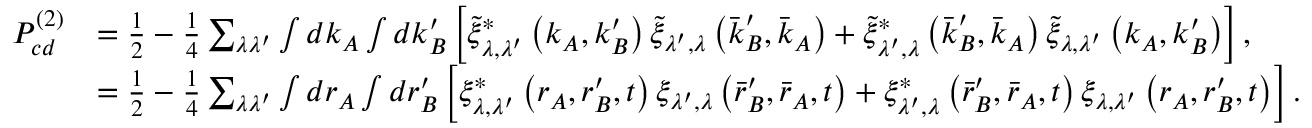
\begin{array} { r l } { P _ { c d } ^ { ( 2 ) } } & { = \frac { 1 } { 2 } - \frac { 1 } { 4 } \sum _ { \lambda \lambda ^ { \prime } } \int d \boldsymbol { k } _ { A } \int d \boldsymbol { k } _ { B } ^ { \prime } \left[ \tilde { \xi } _ { \lambda , \lambda ^ { \prime } } ^ { * } \left( \boldsymbol { k } _ { A } , \boldsymbol { k } _ { B } ^ { \prime } \right) \tilde { \xi } _ { \lambda ^ { \prime } , \lambda } \left( \boldsymbol { \bar { k } } _ { B } ^ { \prime } , \boldsymbol { \bar { k } } _ { A } \right) + \tilde { \xi } _ { \lambda ^ { \prime } , \lambda } ^ { * } \left( \boldsymbol { \bar { k } } _ { B } ^ { \prime } , \boldsymbol { \bar { k } } _ { A } \right) \tilde { \xi } _ { \lambda , \lambda ^ { \prime } } \left( \boldsymbol { k } _ { A } , \boldsymbol { k } _ { B } ^ { \prime } \right) \right] , } \\ & { = \frac { 1 } { 2 } - \frac { 1 } { 4 } \sum _ { \lambda \lambda ^ { \prime } } \int d \boldsymbol { r } _ { A } \int d \boldsymbol { r } _ { B } ^ { \prime } \left[ \xi _ { \lambda , \lambda ^ { \prime } } ^ { * } \left( \boldsymbol { r } _ { A } , \boldsymbol { r } _ { B } ^ { \prime } , t \right) \xi _ { \lambda ^ { \prime } , \lambda } \left( \boldsymbol { \bar { r } } _ { B } ^ { \prime } , \boldsymbol { \bar { r } } _ { A } , t \right) + \xi _ { \lambda ^ { \prime } , \lambda } ^ { * } \left( \boldsymbol { \bar { r } } _ { B } ^ { \prime } , \boldsymbol { \bar { r } } _ { A } , t \right) \xi _ { \lambda , \lambda ^ { \prime } } \left( \boldsymbol { r } _ { A } , \boldsymbol { r } _ { B } ^ { \prime } , t \right) \right] . } \end{array}